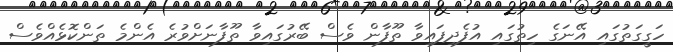
ހަގީގަތުގައި އޭނަގެ ހިތުގައި އުފެދިފައިވާ ތޫފާން ވެސް ބޭރުގައިވާ ތޫފާނަށްވުރެ އެންމެ ތަންކޮޅެއްވެސް